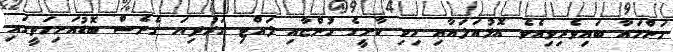
މަންމައާ ބައިވެރިވިއެވެ. އޮޅުއަލައާއި ހިކި ކާށީގެ ހުންޏާއި ލައްޓި ގަރުދިޔަ ގެނެސް ބޮޑުއަށިމަތީގައި